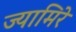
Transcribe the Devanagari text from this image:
ज्यामिरे